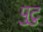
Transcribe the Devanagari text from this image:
पुटु